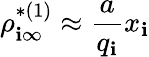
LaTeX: \rho_{\mathbf{i}\infty}^{*(1)}\approx\frac{{a}}{{q_{\mathbf{i}}}}x_{\mathbf{i}}